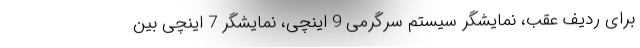
برای ردیف عقب، نمایشگر سیستم سرگرمی 9 اینچی، نمایشگر 7 اینچی بین